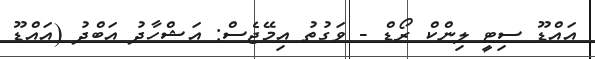
އައްޑޫ ސިޓީ ލިންކް ރޯޑް - ވަގުތު އިމޭޖެސް: އަޝްހާދު އަބްދު (އައްޑޫ